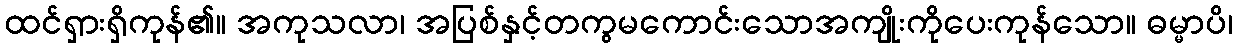
ထင်ရှားရှိကုန်၏။ အကုသလာ၊ အပြစ်နှင့်တကွမကောင်းသောအကျိုးကိုပေးကုန်သော။ ဓမ္မာပိ၊